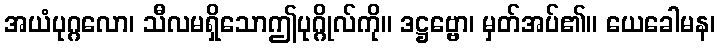
အယံပုဂ္ဂလော၊ သီလမရှိသောဤပုဂ္ဂိုလ်ကို။ ဒဋ္ဌဗ္ဗော၊ မှတ်အပ်၏။ ယေခေါမန၊